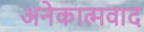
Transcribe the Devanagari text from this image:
अनेकात्मवाद